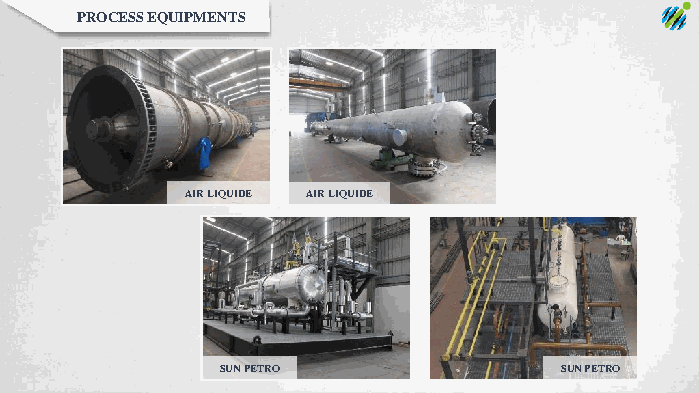
PROCESS EQUIPMENTS
 AIR LIQUIDE AIR LIQUIDE
 SUN PETRO             SUN PETRO